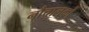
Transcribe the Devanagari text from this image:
नौचालकों